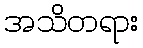
အသိတရား